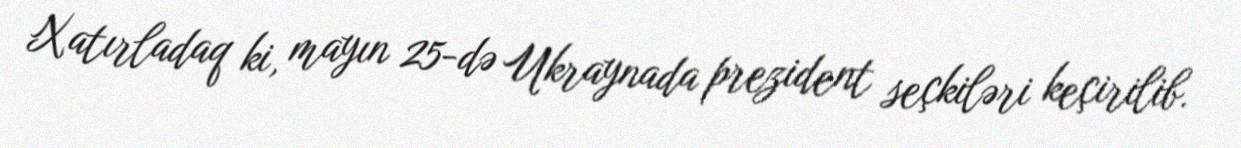
Xatırladaq ki, mayın 25-də Ukraynada prezident seçkiləri keçirilib.